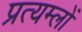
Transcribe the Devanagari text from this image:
प्रत्यम्लों